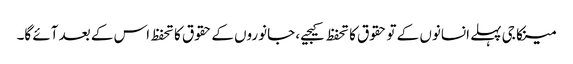
مینکا جی پہلے انسانوں کے تو حقوق کا تحفظ کیجیے، جانوروں کے حقوق کا تحفظ اس کے بعد آئے گا۔